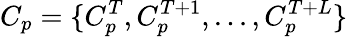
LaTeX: C_{p}=\{ C_{p}^{T},C_{p}^{T+1},...,C_{p}^{T+L}\}